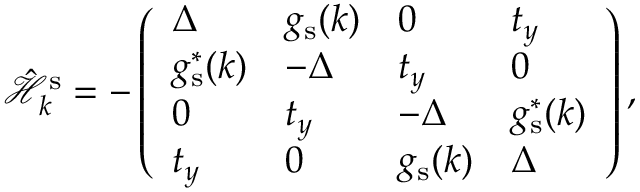
\hat { \mathcal { H } } _ { k } ^ { \mathrm { s } } = - \left( \begin{array} { l l l l } { \Delta } & { g _ { \mathrm { s } } ( k ) } & { 0 } & { t _ { y } } \\ { g _ { \mathrm { s } } ^ { * } ( k ) } & { - \Delta } & { t _ { y } } & { 0 } \\ { 0 } & { t _ { y } } & { - \Delta } & { g _ { \mathrm { s } } ^ { * } ( k ) } \\ { t _ { y } } & { 0 } & { g _ { \mathrm { s } } ( k ) } & { \Delta } \end{array} \right) \mathrm { , }